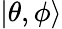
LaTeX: |\theta,\phi\rangle